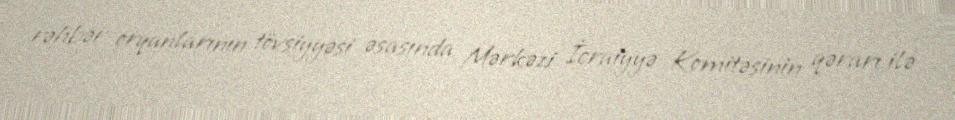
rəhbər orqanlarının tövsiyyəsi əsasında Mərkəzi İcraiyyə Komitəsinin qərarı ilə